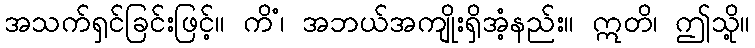
အသက်ရှင်ခြင်းဖြင့်။ ကိံ၊ အဘယ်အကျိုးရှိအံ့နည်း။ ဣတိ၊ ဤသို့။